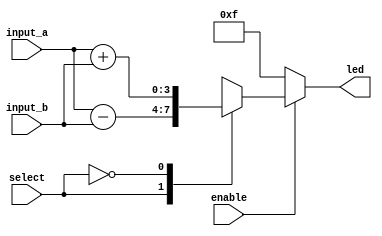
`timescale 1ns / 1ps

module multiplexer (
	input  wire enable,
	input  wire select,
	input  wire [3:0] input_a, input_b,
	output reg  [3:0] led
);
always @(*) begin
    if(enable)
        case (select)
         1'd1:led=input_a-input_b;
         1'd0:led=input_a+input_b;
         default:led=4'b1111;
         endcase
    else led=4'b1111;
 end
endmodule